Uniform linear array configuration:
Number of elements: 32
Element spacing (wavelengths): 0.25
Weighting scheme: cosine
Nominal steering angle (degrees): -60
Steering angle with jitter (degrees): -60.816
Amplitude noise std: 0.05
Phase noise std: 0.05

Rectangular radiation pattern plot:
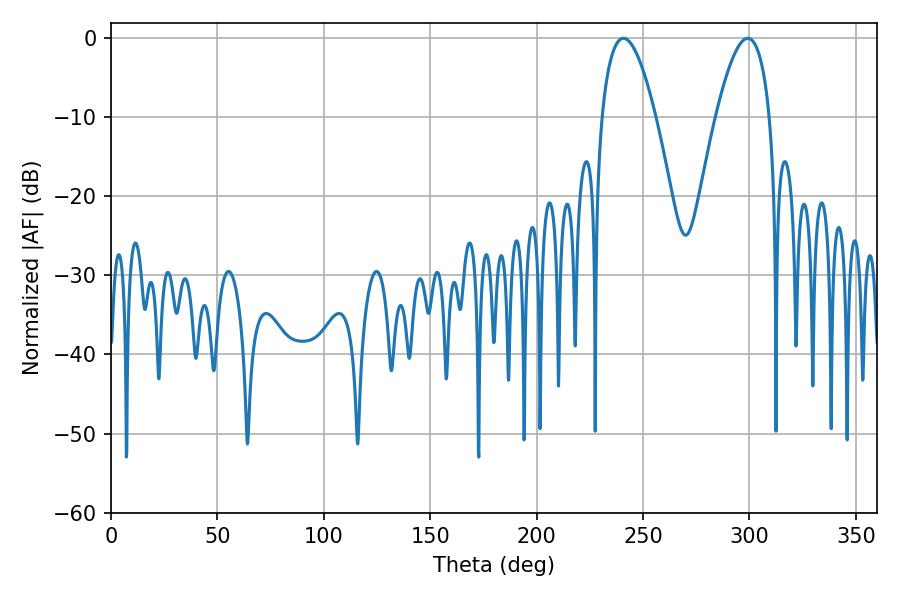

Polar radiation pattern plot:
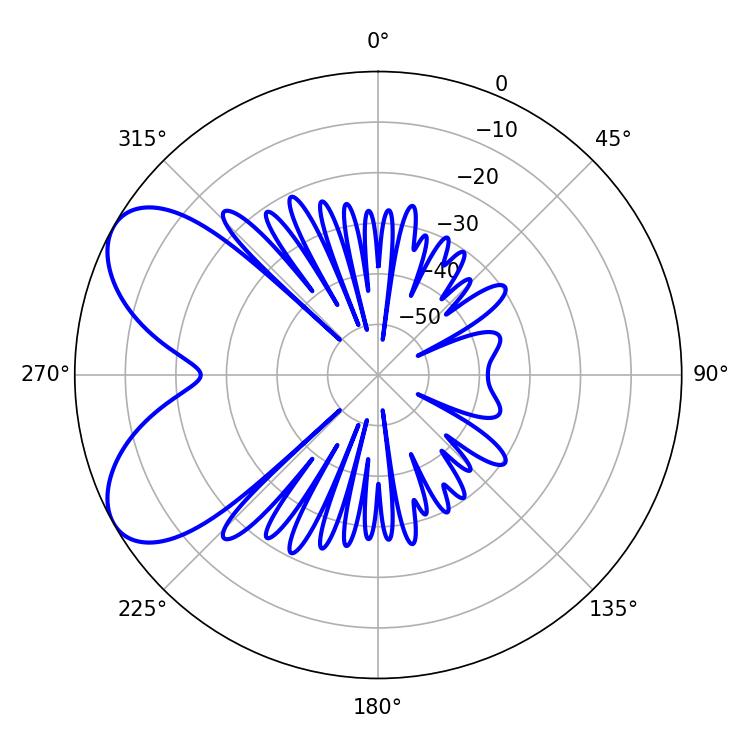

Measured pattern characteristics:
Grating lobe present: FALSE
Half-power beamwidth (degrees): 14.04
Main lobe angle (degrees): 299.16